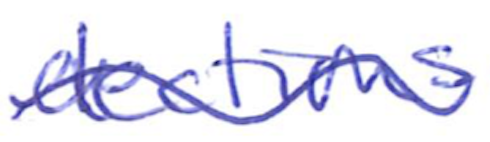
Text: elections
Cross-out: mix
Writing tool: ballpoint